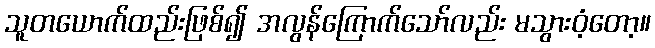
သူတယောက်ထည်းဖြစ်၍ အလွန်ကြောက်သော်လည်း မသွားဝံ့တော့။